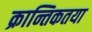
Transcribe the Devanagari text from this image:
क्रान्तिकतया